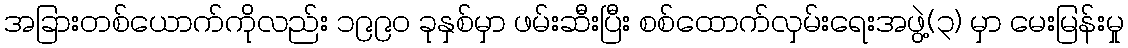
အခြားတစ်ယောက်ကိုလည်း ၁၉၉၀ ခုနှစ်မှာ ဖမ်းဆီးပြီး စစ်ထောက်လှမ်းရေးအဖွဲ့(၃) မှာ မေးမြန်းမှု